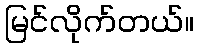
မြင်လိုက်တယ်။